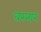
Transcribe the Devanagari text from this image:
बरनार